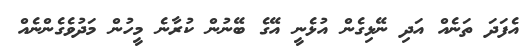
އެފަދަ ތަނެއް އަދި ނޭޅިގެން އުޅެނީ އޭގެ ބޭނުން ކުރާނެ މީހުން މަދުވެގެންނެއް